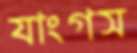
যাংগস